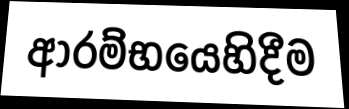
ආරම්භයෙහිදීම